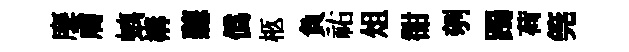
麐膚螭構聽僞柩負祐俎𧮳刳躅荷筦